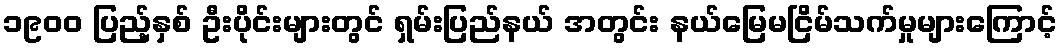
၁၉၀၀ ပြည့်နှစ် ဦးပိုင်းများတွင် ရှမ်းပြည်နယ် အတွင်း နယ်မြေမငြိမ်သက်မှုများကြောင့်